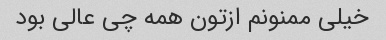
خیلی ممنونم ازتون همه چی عالی بود